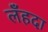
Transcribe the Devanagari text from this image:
लँहदा